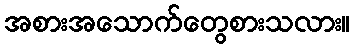
အစားအသောက်တွေစားသလား။